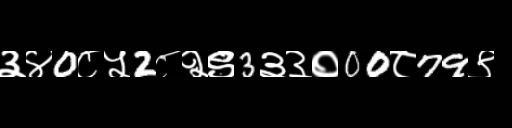
Text: ३४0८५2८२९3३३०00८79९